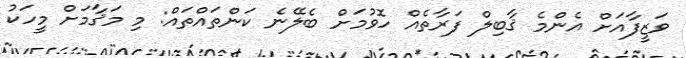
ވަޒީފާއަށް އެންމެ ޤާބިލް ފަރާތެއް ހޮވުމަށް ބެލޭނެ ކަންތައްތައް: މި މަޤާމަށް މީހަކު